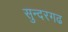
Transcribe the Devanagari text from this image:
सुन्दरगढ